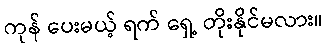
ကုန် ပေးမယ့် ရက် ရှေ့ တိုးနိုင်မလား။